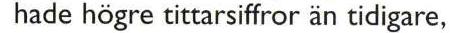
hade högre tittarsiffror än tidigare,